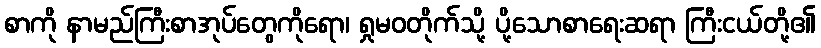
စာကို နာမည်ကြီးစာအုပ်တွေကိုရော၊ ရှုမဝတိုက်သို့ ပို့သောစာရေးဆရာ ကြီးငယ်တို့၏